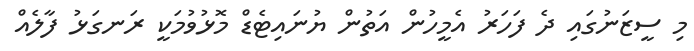
މި ސީޒަނުގައި ދެ ފަހަރު އެމީހުން އަތުން ޔުނައިޓެޑް މޮޅުވުމަކީ ރަނގަޅު ފާލެއް